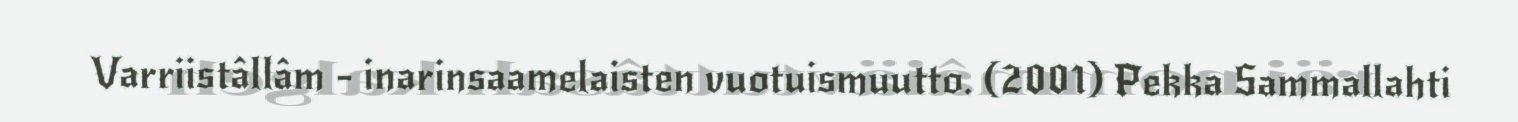
Varriistâllâm - inarinsaamelaisten vuotuismuutto. (2001) Pekka Sammallahti